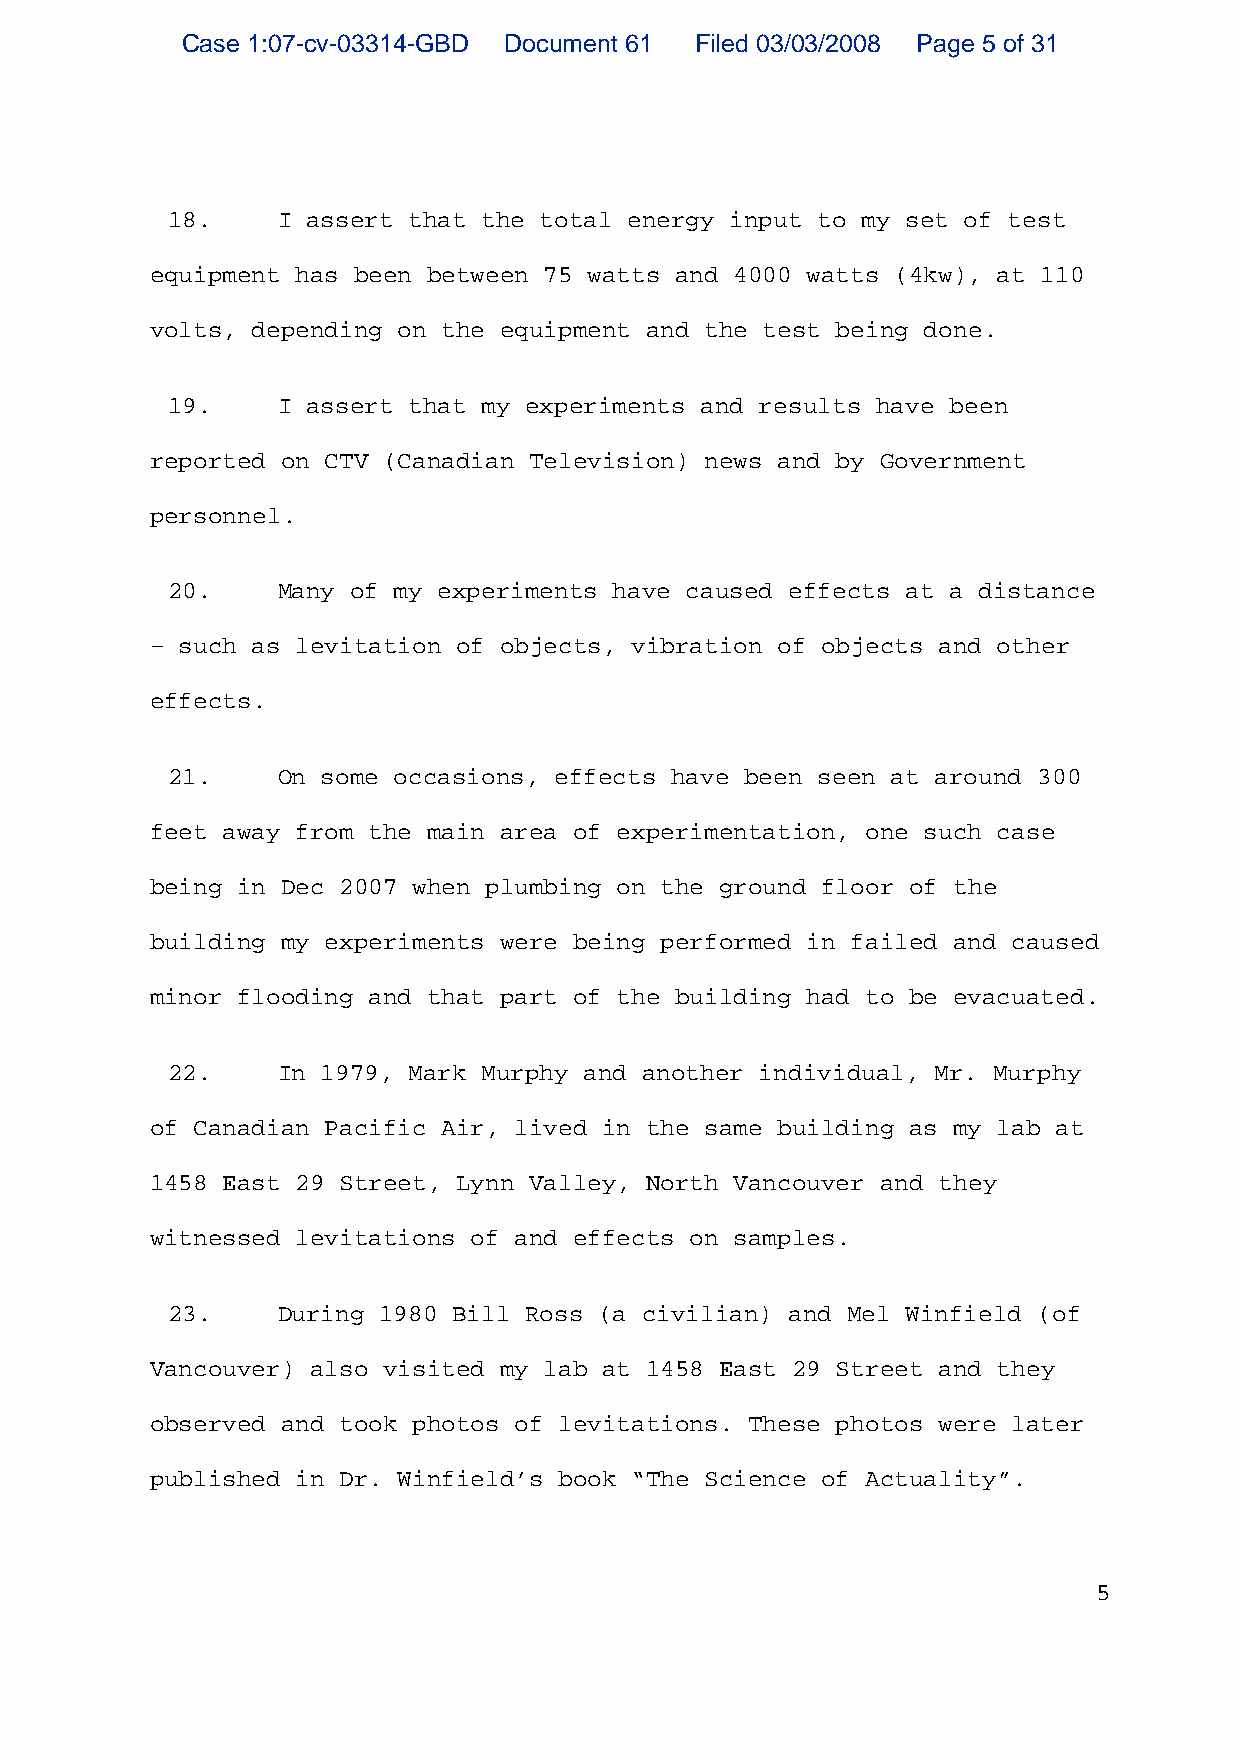
Case 1:07-cv-03314-GBD Document 61 Filed 03/03/2008 Page 5 of 31
 18.    I assert that the total energy input to my set of test
 equipment has been between 75 watts and 4000 watts (4kw), at 110
 volts, depending on the equipment and the test being done.
 19.    I assert that my experiments and results have been
 reported on CTV (Canadian Television) news and by Government
 personnel.
 20.    Many of my experiments have caused effects at a distance
 – such as levitation of objects, vibration of objects and other
 effects.
 21.    On some occasions, effects have been seen at around 300
 feet away from the main area of experimentation, one such case
 being in Dec 2007 when plumbing on the ground floor of the
 building my experiments were being performed in failed and caused
 minor flooding and that part of the building had to be evacuated.
 22.    In 1979, Mark Murphy and another individual, Mr. Murphy
 of Canadian Pacific Air, lived in the same building as my lab at
 1458 East 29 Street, Lynn Valley, North Vancouver and they
 witnessed levitations of and effects on samples.
 23.    During 1980 Bill Ross (a civilian) and Mel Winfield (of
 Vancouver) also visited my lab at 1458 East 29 Street and they
 observed and took photos of levitations. These photos were later
 published in Dr. Winfield’s book “The Science of Actuality”.
 5